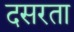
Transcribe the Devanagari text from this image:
दसरता